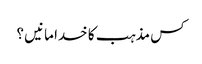
کس مذہب کا خدا مانیں ؟